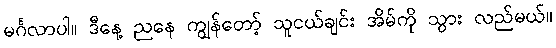
မင်္ဂလာပါ။ ဒီနေ့ ညနေ ကျွန်တော့် သူငယ်ချင်း အိမ်ကို သွား လည်မယ်။